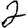
Digit: 2